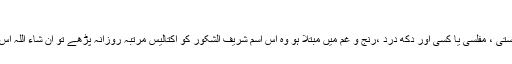
الشکور:
جو شخص معاشی تنگی دستی ، مفلسی یا کسی اور دکھ درد ،رنج و غم میں مبتلا ہو وہ اس اسم شریف الشکور کو اکتالیس مرتبہ روزانہ پڑھے تو ان شاء اللہ اس سے رہائی نصیب ہوگی۔